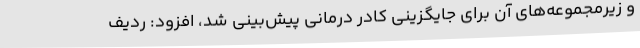
و زیرمجموعه‌های آن برای جایگزینی کادر درمانی پیش‌بینی شد، افزود: ردیف